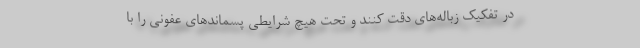
در تفکیک زباله‌های دقت کنند و تحت هیچ شرایطی پسماند‌های عفونی را با